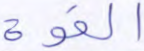
القوة